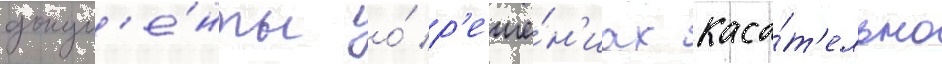
докум'е́нты о́ р'еше́н'иах каса́т'ельно